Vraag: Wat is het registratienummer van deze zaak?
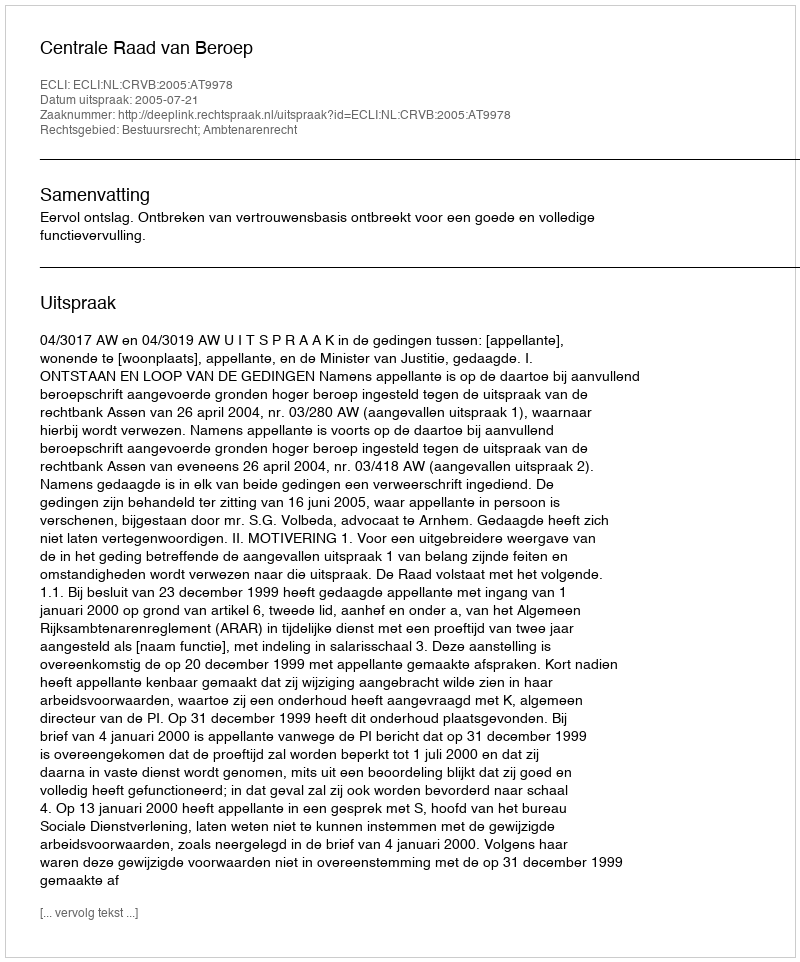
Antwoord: http://deeplink.rechtspraak.nl/uitspraak?id=ECLI:NL:CRVB:2005:AT9978